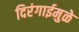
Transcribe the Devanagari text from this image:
दिरंगाईमुळे